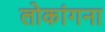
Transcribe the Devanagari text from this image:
लोकांगना